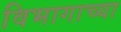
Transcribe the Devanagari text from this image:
विभागाच्‍या